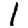
Digit: 1